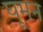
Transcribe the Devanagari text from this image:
घूमन